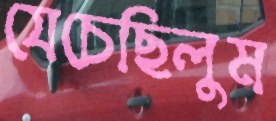
যেচেছিলুম